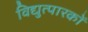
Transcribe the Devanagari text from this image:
विद्युत्पारकों